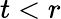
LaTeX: t<r